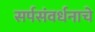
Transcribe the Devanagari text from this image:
सर्पसंवर्धनाचे